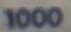
1000